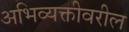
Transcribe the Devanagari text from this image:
अभिव्यक्तीवरील